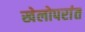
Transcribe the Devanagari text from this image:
खेलोपरांत